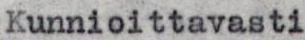
Kunnioittavasti